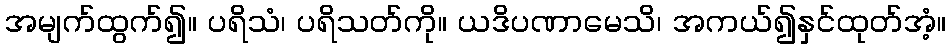
အမျက်ထွက်၍။ ပရိသံ၊ ပရိသတ်ကို။ ယဒိပဏာမေသိ၊ အကယ်၍နှင်ထုတ်အံ့။